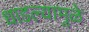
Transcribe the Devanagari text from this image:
धाडल्यामुळे